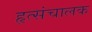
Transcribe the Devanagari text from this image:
हृत्संचालक